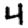
Digit: 4